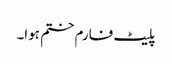
پلیٹ فارم ختم ہوا۔